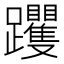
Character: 躩